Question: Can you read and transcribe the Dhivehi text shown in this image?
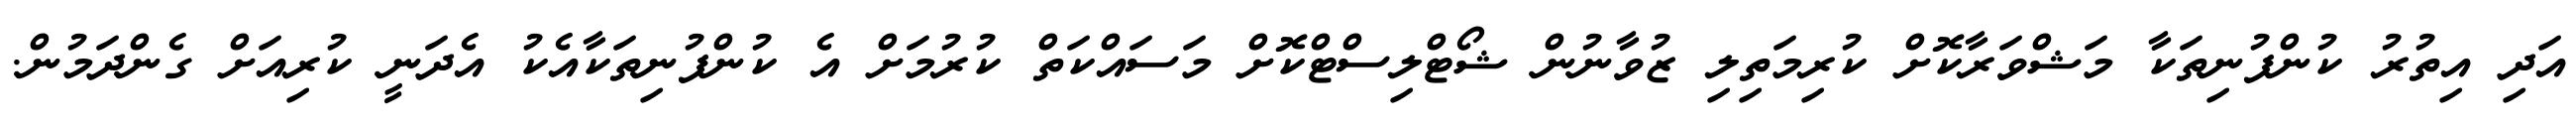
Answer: އަދި އިތުރު ކުންފުނިތަކާ މަޝްވަރާކޮށް ކުރިމަތިލި ޒުވާނުން ޝޯޓްލިސްޓްކޮށް މަސައްކަތް ކުރުމަށް އެ ކުންފުނިތަކާއެކު އެދަނީ ކުރިއަށް ގެންދަމުން.